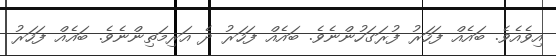
އިވެއެވެ. ބައެއް ފަހަރު ފުރަގަހުންނެވެ. ބައެއް ފަހަރު ދެ އަރިމަތިންނެވެ. ބައެއް ފަހަރު